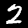
Digit: 2